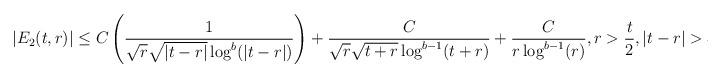
LaTeX: \begin{align*} |E_{2}(t,r)| &\leq C\left(\frac{1}{\sqrt{r}\sqrt{|t-r|}\log^{b}(|t-r|)}\right)+\frac{C}{\sqrt{r}\sqrt{t+r}\log^{b-1}(t+r)}+\frac{C}{r \log^{b-1}(r)}, r>\frac{t}{2}, |t-r| > 5\end{align*}